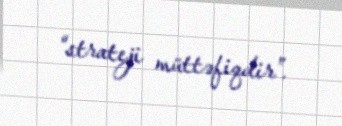
“strateji müttəfiqdir”.